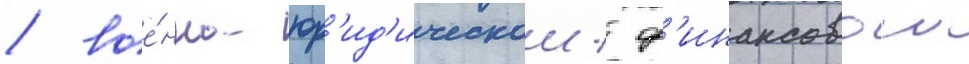
/ вое́нно-юр'ид'ическои / ф'инансовои